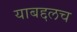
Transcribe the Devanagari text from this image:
याबद्दलच